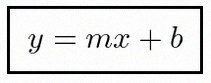
y=mx+b